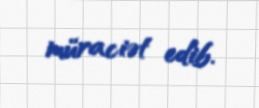
müraciət edib.